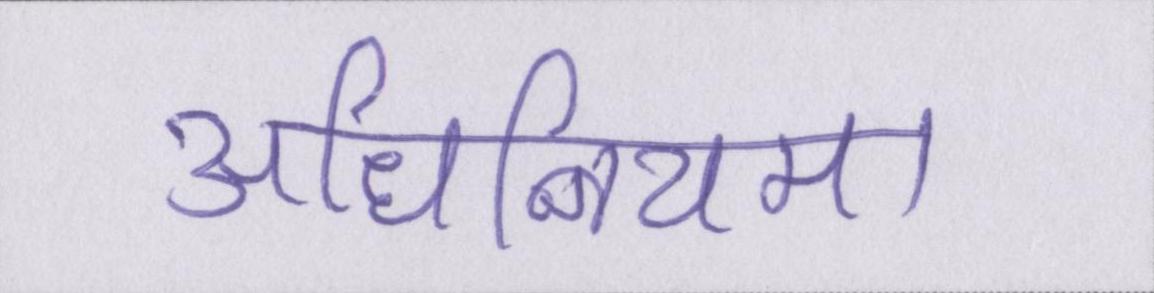
अधिनियम।